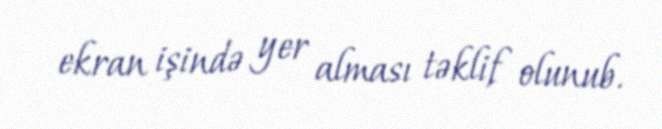
ekran işində yer alması təklif olunub.